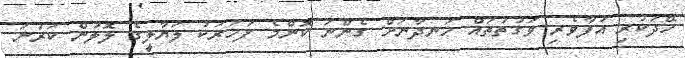
ހޭދަކުރި އުފާވެރި ވަގުތުތައް ހަނދާނަށް ގެންނަ ކޮންމެ ފަހަރަކު ލަޔާލީގެ ލޮލުން ކަރުނަ